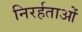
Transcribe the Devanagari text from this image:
निरर्हताओं